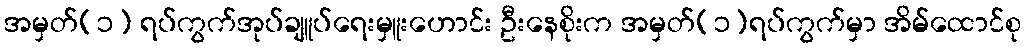
အမှတ်(၁) ရပ်ကွက်အုပ်ချူပ်ရေးမှူးဟောင်း ဦးနေစိုးက အမှတ်(၁)ရပ်ကွက်မှာ အိမ်ထောင်စု